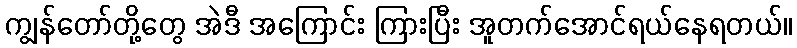
ကျွန်တော်တို့တွေ အဲဒီ အကြောင်း ကြားပြီး အူတက်အောင်ရယ်နေရတယ်။